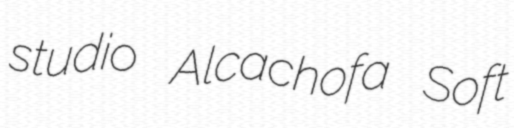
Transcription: studio Alcachofa Soft